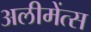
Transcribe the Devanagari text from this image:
अलीमेंत्स